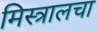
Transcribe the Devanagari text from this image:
मिस्त्रालचा